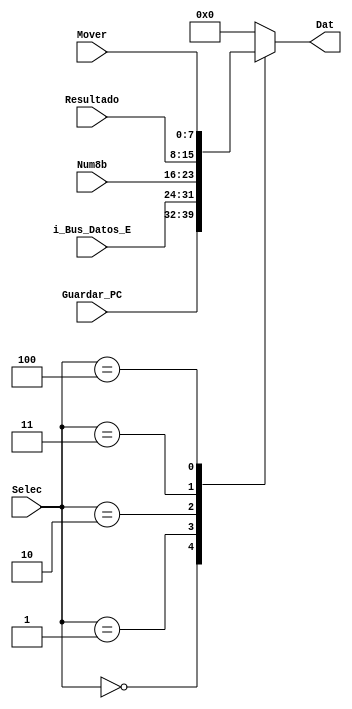
module Mux1 (  
    input [7:0] Resultado,
    input [7:0] Num8b,
    input [7:0] i_Bus_Datos_E,
    input [7:0] Guardar_PC,
    input [7:0] Mover,
    input [2:0] Selec,
    output reg[7:0] Dat); 
		
    always@(Selec,Resultado,Num8b,i_Bus_Datos_E,Guardar_PC,Mover) 
	begin
		case (Selec)
			3'b000: Dat <= Guardar_PC;
			3'b001: Dat <= i_Bus_Datos_E;
			3'b010: Dat <= Num8b;
			3'b011: Dat <= Resultado;
			3'b100: Dat <= Mover;
			default : Dat <= 0;
		endcase 
    end 
endmodule